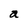
Character: a